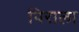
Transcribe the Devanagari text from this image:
पिराला